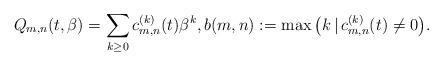
LaTeX: \begin{gather*} Q_{m,n}(t,\beta)=\sum_{k \ge 0} c_{m,n}^{(k)}(t) \beta^k, b(m,n):= \max\big( k \,|\, c_{m,n}^{(k)}(t) \not= 0 \big). \end{gather*}